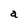
Character: a